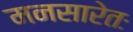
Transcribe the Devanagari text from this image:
मनसारेतः